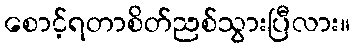
စောင့်ရတာစိတ်ညစ်သွားပြီလား။